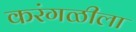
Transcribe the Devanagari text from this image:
करंगळीला